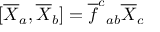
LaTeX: [ \overline { { { X } } } _ { a } , \overline { { { X } } } _ { b } ] = \overline { { { f } } } ^ { c } { } _ { a b } \overline { { { X } } } _ { c }